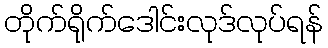
တိုက်ရိုက်ဒေါင်းလုဒ်လုပ်ရန်